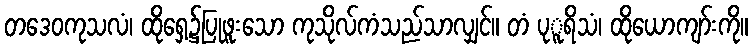
တဒေဝကုသလံ၊ ထိုရှေ့၌ပြုဖူးသော ကုသိုလ်ကံသည်သာလျှင်။ တံ ပုူရိသံ၊ ထိုယောကျာ်းကို။